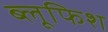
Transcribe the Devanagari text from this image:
ब्लूफिश